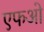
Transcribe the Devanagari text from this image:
एफओ